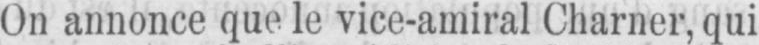
On annonce que le vice-amiral Charner, qui